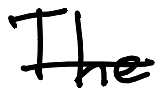
Text: The
Cross-out: single-line
Writing tool: digital_black